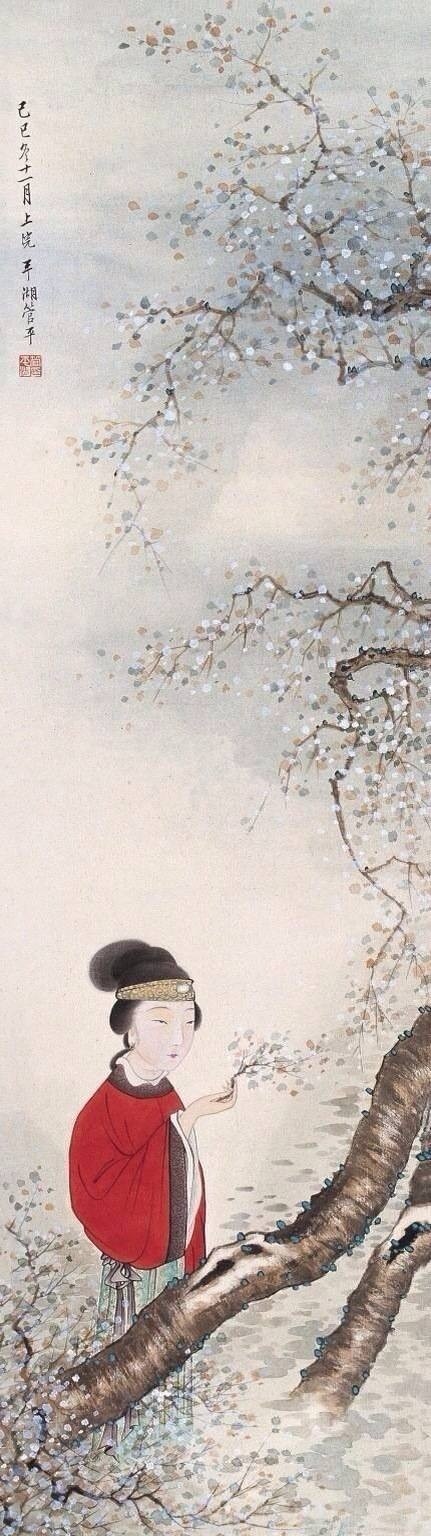
燕子飞时，绿水人家绕。